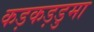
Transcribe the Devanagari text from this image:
कड़कड़डुमा